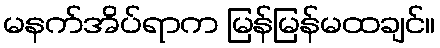
မနက်အိပ်ရာက မြန်မြန်မထချင်။